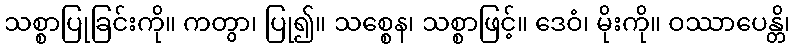
သစ္စာပြုခြင်းကို။ ကတွာ၊ ပြု၍။ သစ္စေန၊ သစ္စာဖြင့်။ ဒေဝံ၊ မိုးကို။ ဝဿာပေန္တိ၊